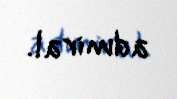
admiral.